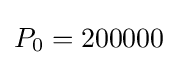
P_{0}=200000